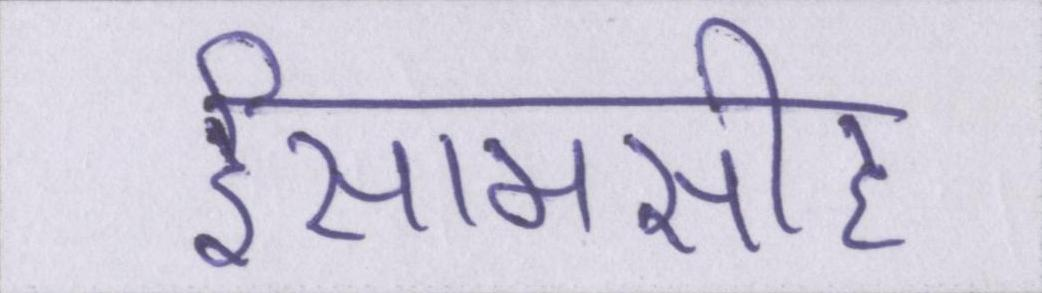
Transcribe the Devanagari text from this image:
ईसामसीह